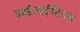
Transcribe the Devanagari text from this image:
आईआईटियन